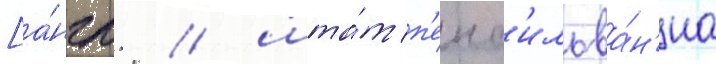
[а́нгл. / шта́т п'енс'ильва́н'иа